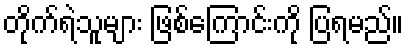
တိုက်ရဲသူများ ဖြစ်ကြောင်းကို ပြရမည်။